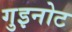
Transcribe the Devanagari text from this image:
गुइनोट